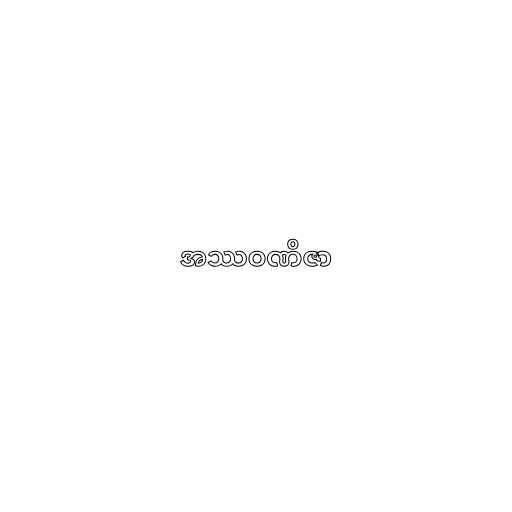
အဿဝဏိဇာ